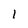
Character: 1